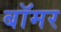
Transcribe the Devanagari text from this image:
बॉमर